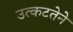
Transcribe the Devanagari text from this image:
उत्कटतेने